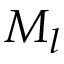
M _ { l }